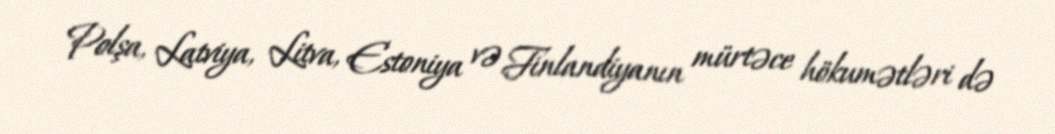
Polşa, Latviya, Litva, Estoniya və Finlandiyanın mürtəce hökumətləri də